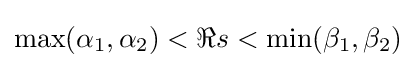
\max(\alpha _{1},\alpha _{2})<\Re s<\min(\beta _{1},\beta _{2})